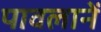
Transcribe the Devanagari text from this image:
पावलानें